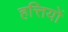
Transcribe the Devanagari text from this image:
हत्तियों